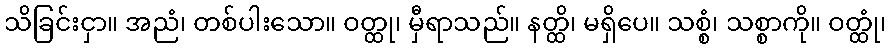
သိခြင်းငှာ။ အညံ၊ တစ်ပါးသော။ ဝတ္ထု၊ မှီရာသည်။ နတ္ထိ၊ မရှိပေ။ သစ္စံ၊ သစ္စာကို။ ဝတ္ထုံ၊